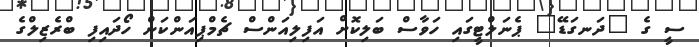
ސީ ގެ "ދަނގަޑޭ" ޕެނަލްޓީގައި ހަވާސް ބަލިކޮށް އަފިލިއަންސް ޗެމްޕިއަންކަން ހޯދައިފި ބްރެޒިލްގެ